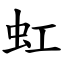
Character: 虹